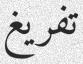
تفريغ